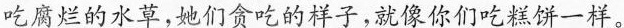
吃腐烂的水草，她们贪吃的样子，就像你们吃糕饼一样。